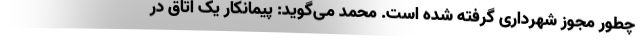
چطور مجوز شهرداری گرفته شده است. محمد می‌گوید: پیمانکار یک اتاق در